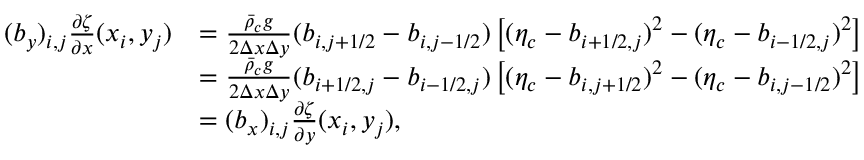
\begin{array} { r l } { ( b _ { y } ) _ { i , j } \frac { \partial \zeta } { \partial x } ( x _ { i } , y _ { j } ) } & { = \frac { \bar { \rho } _ { c } g } { 2 \Delta x \Delta y } ( b _ { i , j + 1 / 2 } - b _ { i , j - 1 / 2 } ) \left[ ( \eta _ { c } - b _ { i + 1 / 2 , j } ) ^ { 2 } - ( \eta _ { c } - b _ { i - 1 / 2 , j } ) ^ { 2 } \right] } \\ & { = \frac { \bar { \rho } _ { c } g } { 2 \Delta x \Delta y } ( b _ { i + 1 / 2 , j } - b _ { i - 1 / 2 , j } ) \left[ ( \eta _ { c } - b _ { i , j + 1 / 2 } ) ^ { 2 } - ( \eta _ { c } - b _ { i , j - 1 / 2 } ) ^ { 2 } \right] } \\ & { = ( b _ { x } ) _ { i , j } \frac { \partial \zeta } { \partial y } ( x _ { i } , y _ { j } ) , } \end{array}